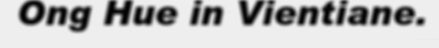
Ong Hue in Vientiane.